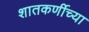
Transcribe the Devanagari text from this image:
शातकर्णीच्या